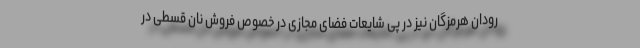
رودان هرمزگان نیز در پی شایعات فضای مجازی در خصوص فروش نان قسطی در